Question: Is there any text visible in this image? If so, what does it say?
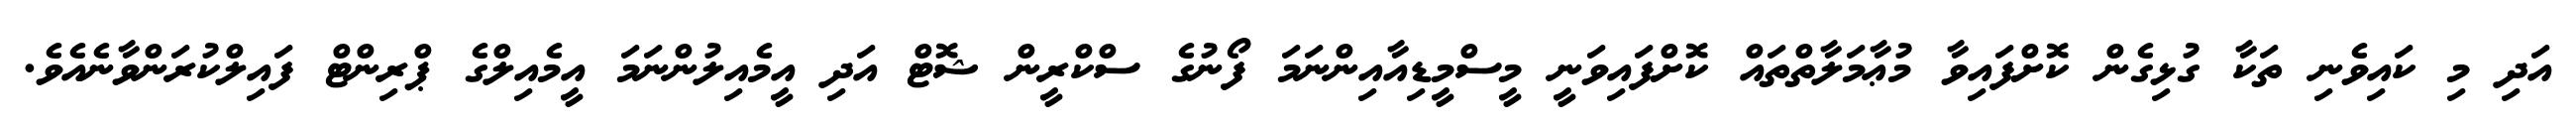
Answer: އަދި މި ކައިވެނި ތަކާ ގުޅިގެން ކޮށްފައިވާ މުޢާމަލާތްތައް ކޮށްފައިވަނީ މީސްމީޑިއާއިންނަމަ ފޯނުގެ ސްކްރީން ޝޮޓް އަދި އީމެއިލުންނަމަ އީމެއިލްގެ ޕްރިންޓް ފައިލްކުރަންވާނެއެވެ.